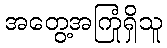
အတွေ့အကြုံရှိသူ